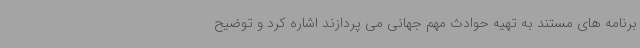
برنامه های مستند به تهیه حوادث مهم جهانی می پردازند اشاره کرد و توضیح